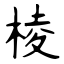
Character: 棱